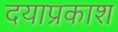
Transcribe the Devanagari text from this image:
दयाप्रकाश